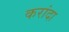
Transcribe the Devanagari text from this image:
करांदा